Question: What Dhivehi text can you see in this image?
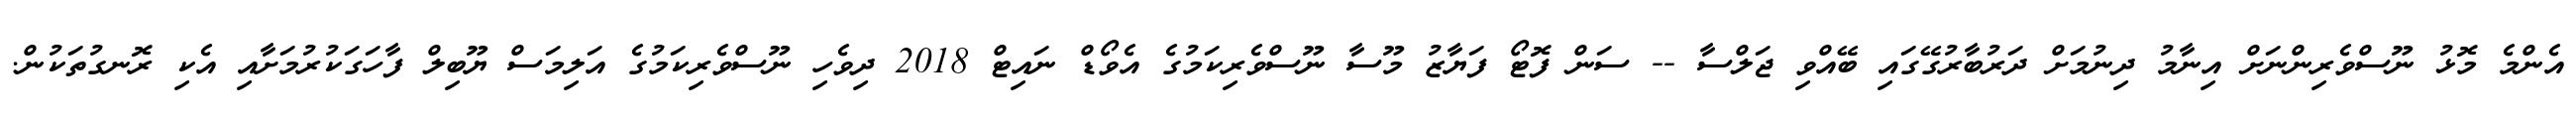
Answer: އެންމެ މޮޅު ނޫސްވެރިންނަށް އިނާމު ދިނުމަށް ދަރުބާރުގޭގައި ބޭއްވި ޖަލްސާ -- ސަން ފޮޓޯ ފަޔާޒު މޫސާ ނޫސްވެރިކަމުގެ އެވޯޑް ނައިޓް 2018 ދިވެހި ނޫސްވެރިކަމުގެ އަލިމަސް ޔޫބިލް ފާހަގަކުރުމަށާއި އެކި ރޮނގުތަކުން.